Vaccination in Bombay 1924-1928 - 1924-1928
Year: 1924
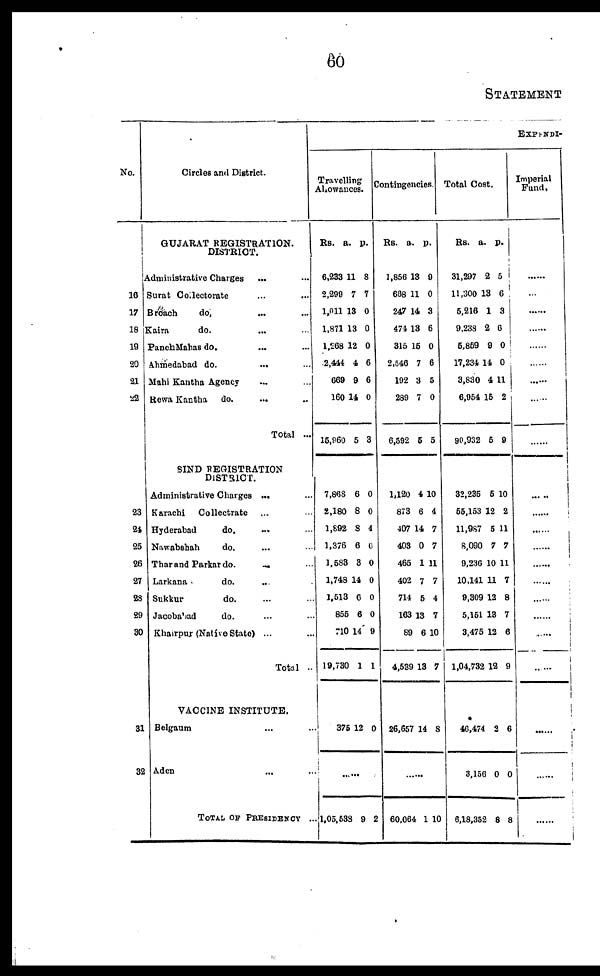
60
STATEMENT
No.
16
17
18
19
20
21
22
23
24
25
26
27
23
29
30
31
32
Circles and District.
GUJARAT REGISTRATION.
DISTRICT.
Administrative Charges ... ...
Surat Collectorate ... ...
Broách
do. ... ...
Kaira
do. ... ...
Panch Mahas do. ... ...
Ahmedabad do. ... ...
Mahi Kantha Agency ... ...
Rewa Kantha
do. ... ...
Total ...
SIND REGISTRATION
DISTRICT.
Administrative Charges ... ...
Karachi
Collectrate ... ...
Hyderabad
do. ... ...
Nawabshah
do. ... ...
Thar and Parkar do. ... ...
Larkana
do.
...
Sukkur
do. ... ...
Jacobabad
do. ... ...
Khairpur (Native State) ... ...
Total ..
VACCINE INSTITUTE.
Belgaum ... ...
Aden ... ...
TOTAL OF PRESIDENCY ...
EXPENDI-
Travelling
Allowances.
Rs.
6,233
2,299
1,011
1,871
1,268
2,444
669
160
15,960
7,868
2,180
1,892
1,376
1,583
1,748
1,513
855
710
19,730
375
a.
11
7
13
13
12
4
9
14
5
6
8
8
6
3
14
6
6
14
1
12
p.
8
7
0
0
0
6
6
0
3
0
0
4
0
0
0
0
0
9
1
0
......
1,05,538 9 2
Contingencies.
Rs.
1,856
668
247
474
315
2,546
192
289
6,592
1,120
873
407
403
465
402
714
163
89
4,539
26,657
a.
13
11
14
13
15
7
3
7
5
4
6
14
0
1
7
5
13
6
13
14
p.
9
0
3
6
0
6
5
0
5
10
4
7
7
11
7
4
7
10
7
8
......
60,064
1
10
Total Cost.
Rs.
31,297
11,300
5,216
9,238
5,859
17,234
3,830
6,954
80,932
32,235
55,153
11,987
8,090
9,236
10,141
9,309
5,151
3,475
1,04,732
46,474
3,156
6,18,352
a.
2
13
1
2
9
14
4
15
5
5
12
5
7
10
11
12
13
12
12
2
0
8
p.
5
6
3
6
0
0
11
2
9
10
2
11
7
11
7
8
7
6
9
6
0
8
Imperial
Fund.
......
......
......
......
......
......
......
......
......
......
......
......
......
......
......
......
......
......
......
......
......
......